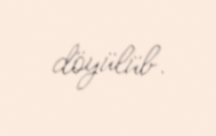
döyülüb.